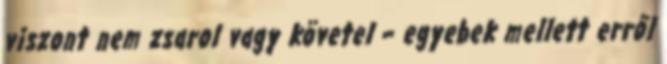
viszont nem zsarol vagy követel – egyebek mellett erről